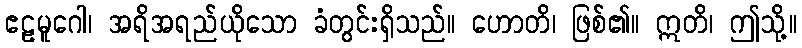
ဧဠမူဂေါ၊ အရိအရည်ယိုသော ခံတွင်းရှိသည်။ ဟောတိ၊ ဖြစ်၏။ ဣတိ၊ ဤသို့။